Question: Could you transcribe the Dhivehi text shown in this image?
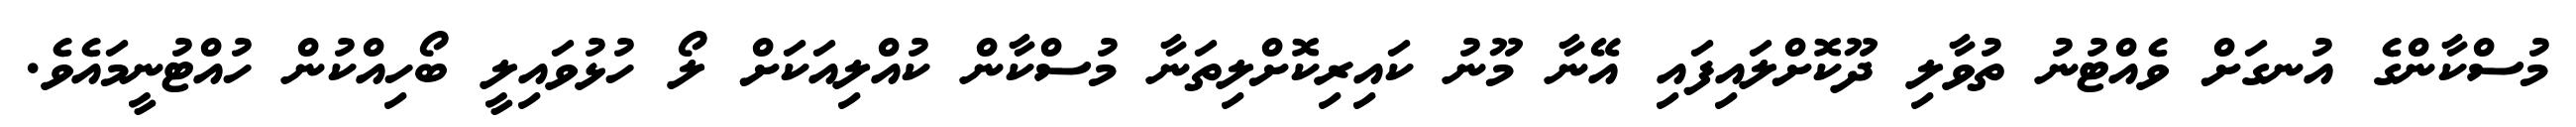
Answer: މުސްކާންގެ އުނގަށް ވެއްޓުނު ތުވާލި ދޫކޮށްލައިފައި އޭނާ މޫނު ކައިރިކޮށްލިތަނާ މުސްކާން ކުއްލިއަކަށް ލޯ ހުޅުވައިލީ ބޯހިއްކުން ހުއްޓުނީމައެވެ.